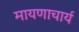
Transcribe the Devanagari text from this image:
मायणाचार्य